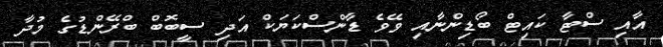
އާއި ސްޓާ ކައިޓް ބޯޑިންނާއި ވޭވެ ޑާންސްކަޔަކް އަދި ސީބޮބް ބްރޭންޑުގެ މުދާ